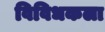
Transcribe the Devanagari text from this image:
विविधकला